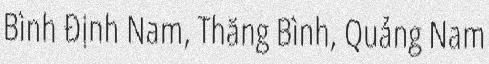
Bình Định Nam, Thăng Bình, Quảng Nam